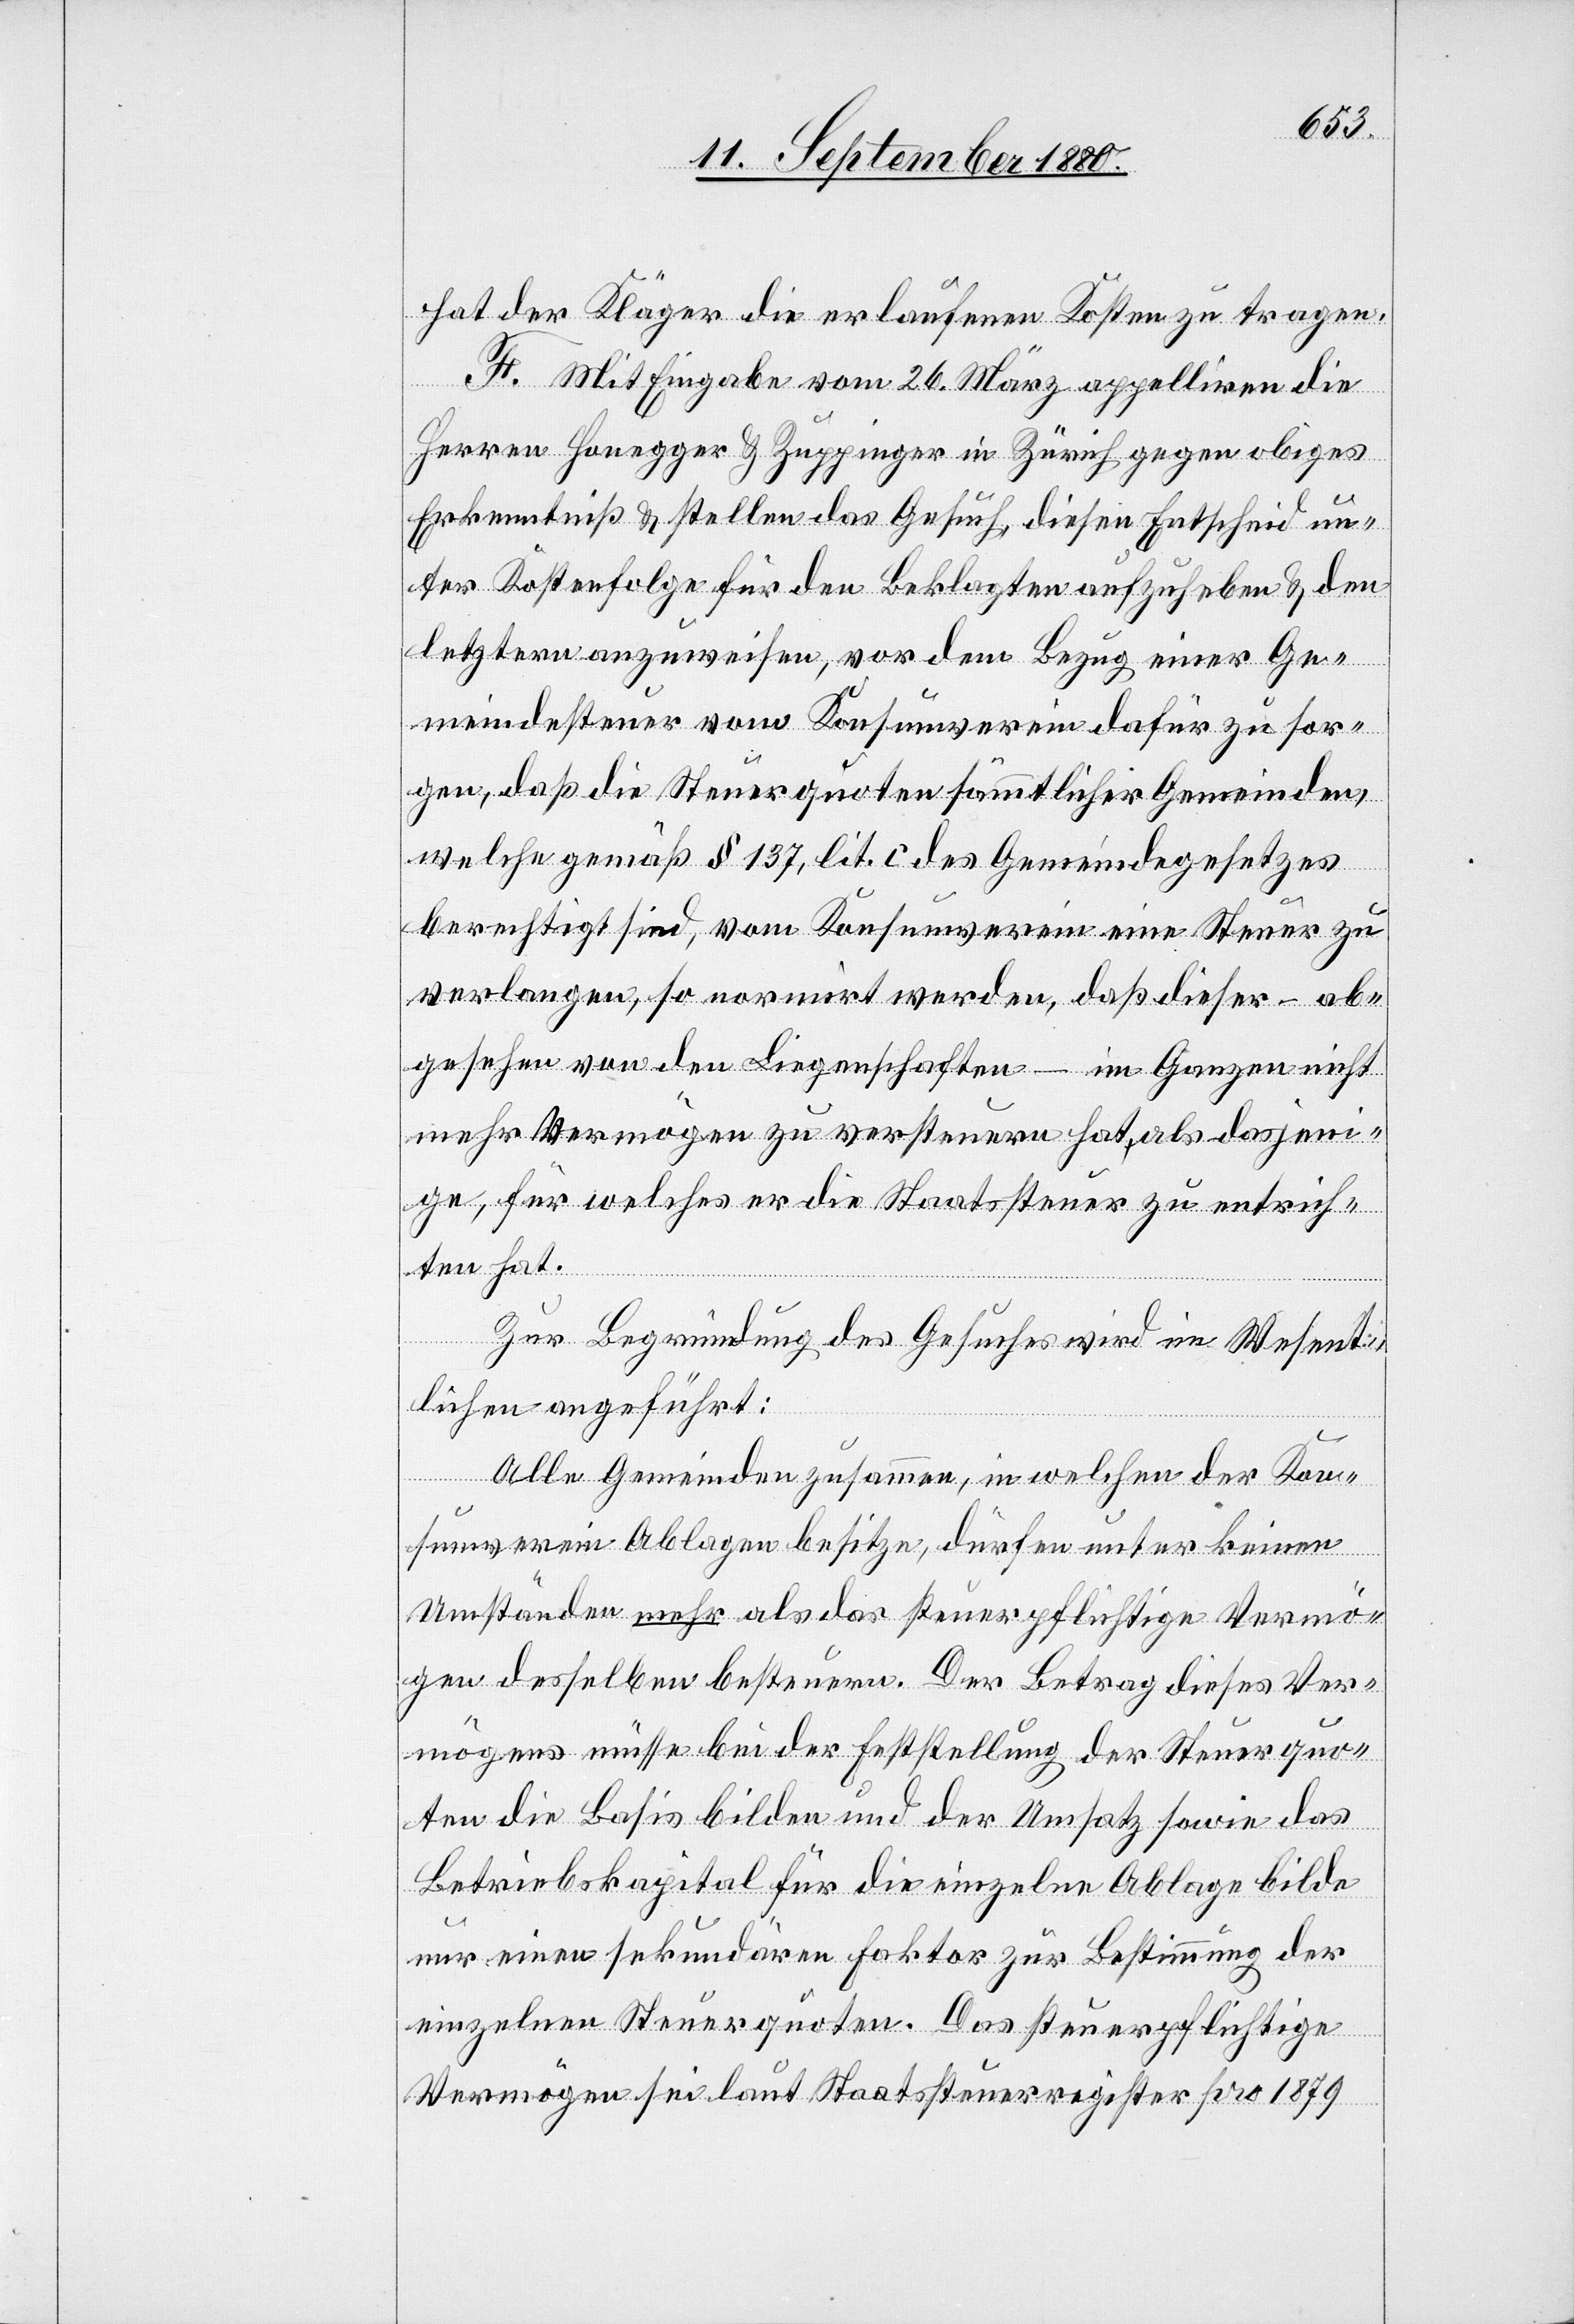
hat der Kläger die erlaufenen Kosten zu tragen.
F. Mit Eingabe vom 26. März appelliren die
Herren Honegger & Zuppinger in Zürich gegen obiges
Erkenntniß & stellen das Gesuch, diesen Entscheid un¬
ter Kostenfolge für den Beklagten aufzuheben & den
letztern anzuweisen, vor dem Bezug einer Ge¬
meindesteuer vom Konsumverein dafür zu sor¬
gen, daß die Steuerquoten sämmtlicher Gemeinden,
welche gemäß § 137, lit. c des Gemeindegesetzes
berechtigt sind, vom Konsumverein eine Steuer zu
verlangen, so normirt werden, daß dieser – ab¬
gesehen von den Liegenschaften – im Ganzen nicht
mehr Vermögen zu versteuern hat, als dasjeni¬
ge, für welches er die Staatsteuer zu entrich¬
ten hat.
Zur Begründung des Gesuches wird im Wesent¬
lichen angeführt:
Alle Gemeinden zusammen, in welchen der Kon¬
sumverein Ablagen besitze, dürfen unter keinen
Umständen mehr als das steuerpflichtige Vermö¬
gen desselben besteuern. Der Betrag dieses Ver¬
mögens müsse bei der Feststellung der Steuerquo¬
ten die Basis bilden und der Umsatz sowie das
Betriebskapital für die einzelne Ablage bilde
nur einen sekundären Faktor zur Bestimmung der
einzelnen Steuerquoten. Das steuerpflichtige
Vermögen sei laut Staatssteuerregister pro 1879